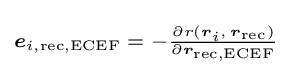
\scriptstyle {\boldsymbol {e}}_{i,{\text{rec,ECEF}}}\;=\;-{\frac {\partial r({\boldsymbol {r}}_{i},\,{\boldsymbol {r}}_{\text{rec}})}{\partial {\boldsymbol {r}}_{\text{rec,ECEF}}}}